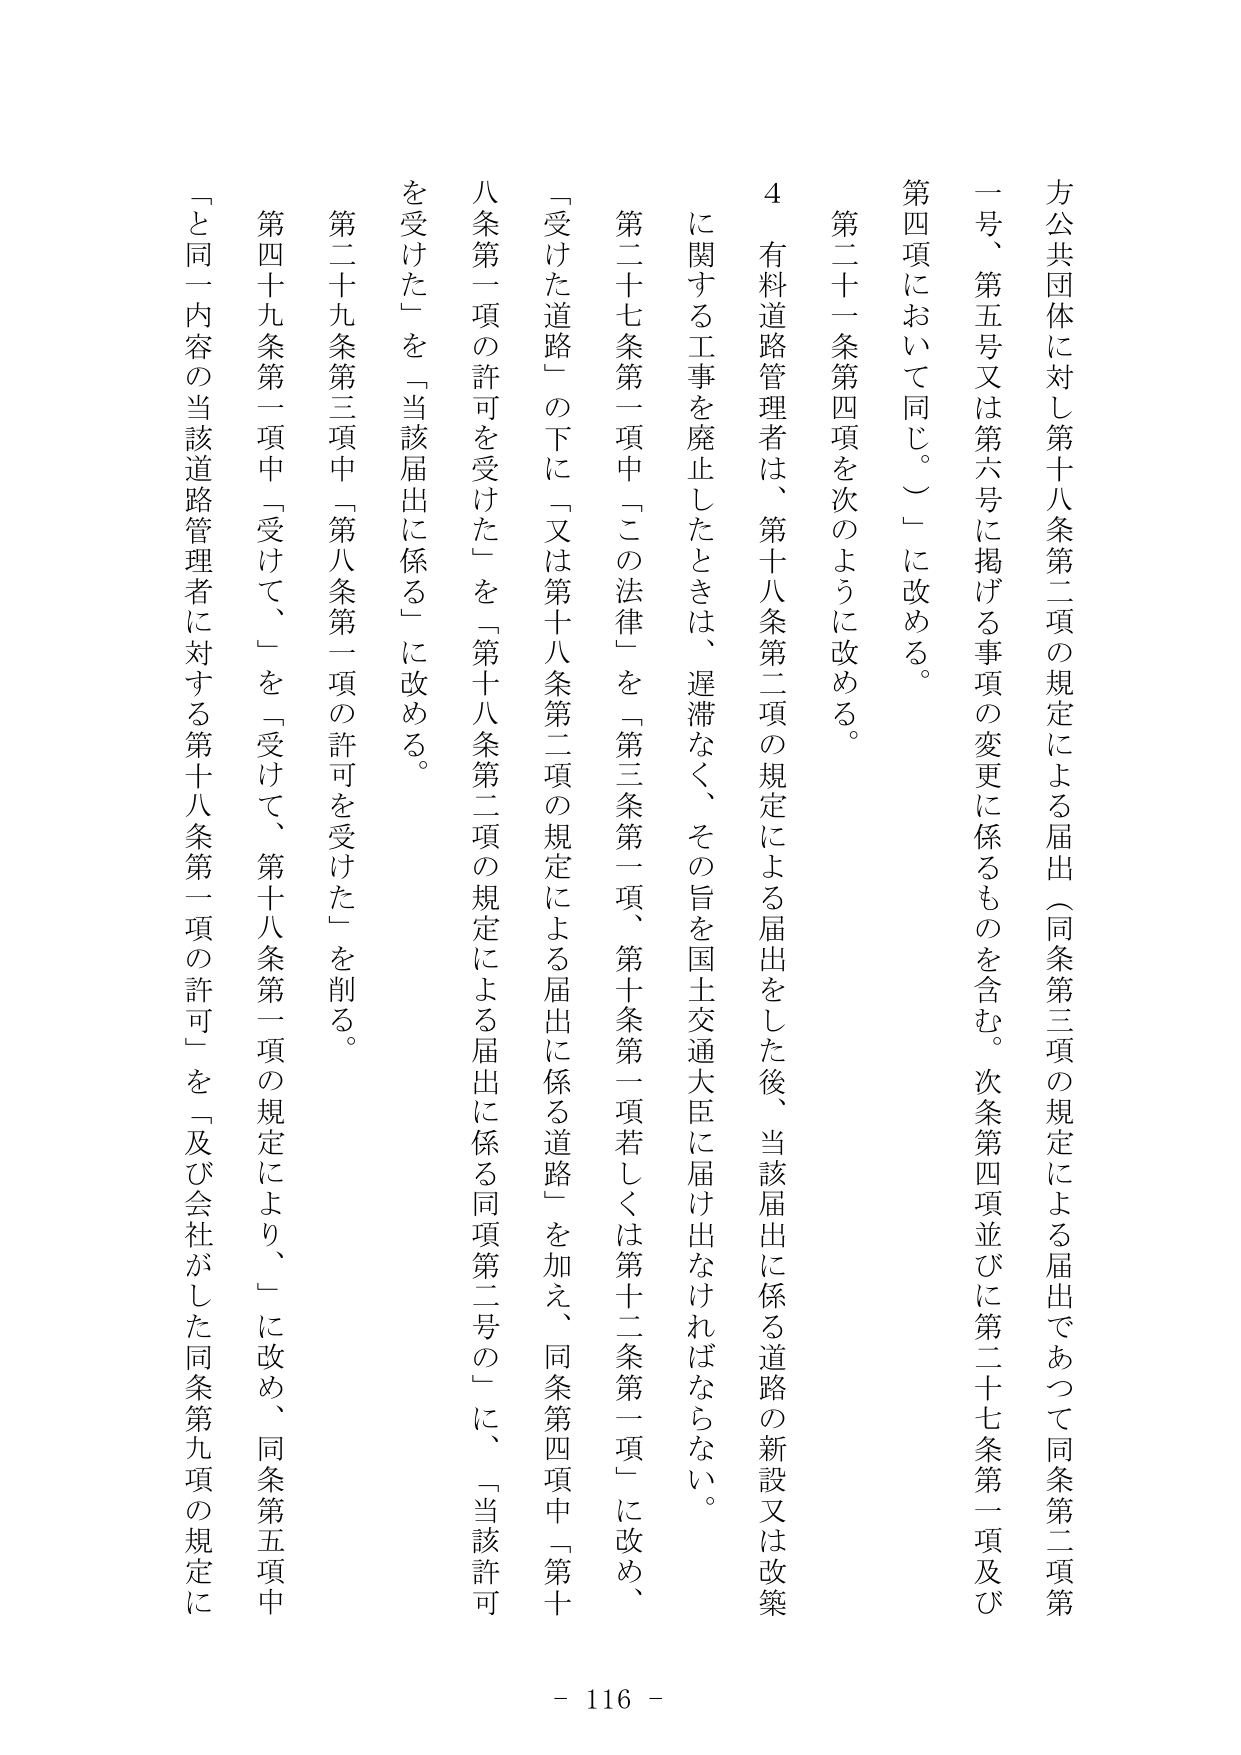
方公共団体に対し第十八条第二項の規定による届出（同条第三項の規定による届出であつて同条第二項第一号、第五号又は第六号に掲げる事項の変更に係るものを含む。次条第四項並びに第二十七条第一項及び第四項において同じ。）に改める。

第二十一条第四項を次のように改める。

４ 有料道路管理者は、第十八条第二項の規定による届出をした後、当該届出に係る道路の新設又は改築に関する工事を廃止したときは、遅滞なく、その旨を国土交通大臣に届け出なければならない。

第二十七条第一項中「この法律」を「第三条第一項、第十条第一項若しくは第十二条第一項」に改め、「受けた道路」の下に「又は第十八条第二項の規定による届出に係る道路」を加え、同条第四項中「第八条第一項の許可を受けた」を「第十八条第二項の規定による届出に係る同項第二号の」に、「当該許可を受けた」を「当該届出に係る」に改める。

第二十九条第三項中「第八条第一項の許可を受けた」を削る。

第四十九条第一項中「受けて、」を「受けて、第十八条第一項の規定により、」に改め、同条第五項中「と同一内容の当該道路管理者に対する第十八条第一項の許可」を「及び会社がした同条第九項の規定に

- 116 -